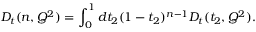
D _ { t } ( n , Q ^ { 2 } ) = \int _ { 0 } ^ { 1 } d t _ { 2 } ( 1 - t _ { 2 } ) ^ { n - 1 } D _ { t } ( t _ { 2 } , Q ^ { 2 } ) .